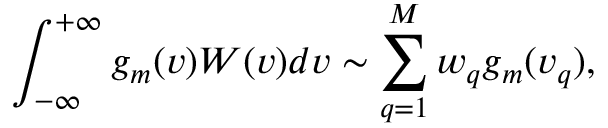
\int _ { - \infty } ^ { + \infty } g _ { m } ( v ) W ( v ) d v \sim \sum _ { q = 1 } ^ { M } w _ { q } g _ { m } ( v _ { q } ) ,